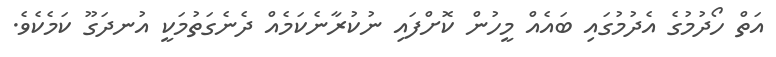
އަތް ހޯދުމުގެ އެދުމުގައި ބައެއް މީހުން ކޮށްފައި ނުކުރާނެކަމެއް ދެނެގަތުމަކީ އުނދަގޫ ކަމެކެވެ.